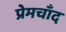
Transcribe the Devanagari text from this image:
प्रेमचाँद